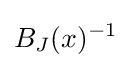
B_{J}(x)^{-1}